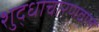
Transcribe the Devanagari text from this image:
शुद्धाचारणवाले